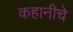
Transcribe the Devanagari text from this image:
कहानीचे